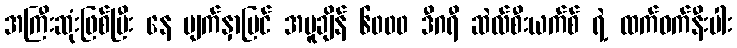
အကြီးဆုံးဖြစ်ပြီး နေ မျက်နှာပြင် အပူချိန် ၆၀၀၀ ဒီဂရီ ဆဲလ်စီးယက်စ် ရဲ့ ထက်ဝက်နီးပါး